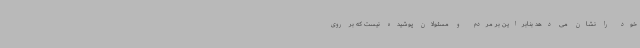
خود را نشان می دهد بنابراین بر مردم و مسئولان پوشیده نیست که بر روی